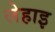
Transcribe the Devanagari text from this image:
लेहाइ